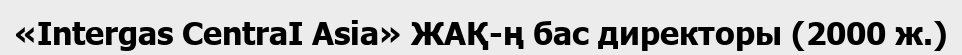
«Intergas CentraI Asia» ЖАҚ-ң бас директоры (2000 ж.)